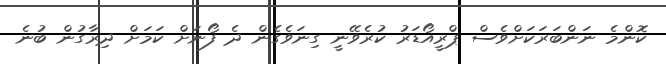
ކޮންމެ ނަންބަރަކަށްވެސް ޕްރީއޯޑަރު ކުރެވޭނީ ގިނަވެގެން ދެ ފޯނަށް ކަމަށް ދިރާގުން ބުނެ